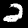
Digit: 2